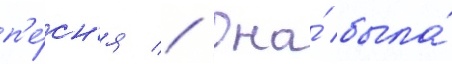
п'е́сн'я // Она́ была́